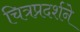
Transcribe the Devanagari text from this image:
चित्रप्रदर्शने